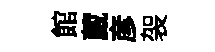
館葳彦袈